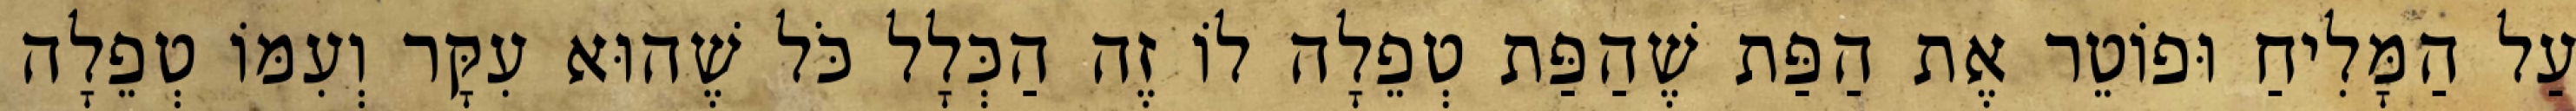
עַל הַמָּלִיחַ וּפוֹטֵר אֶת הַפַּת שֶׁהַפַּת טְפֵלָה לוֹ זֶה הַכְּלָל כֹּל שֶׁהוּא עִקָּר וְעִמּוֹ טְפֵלָה